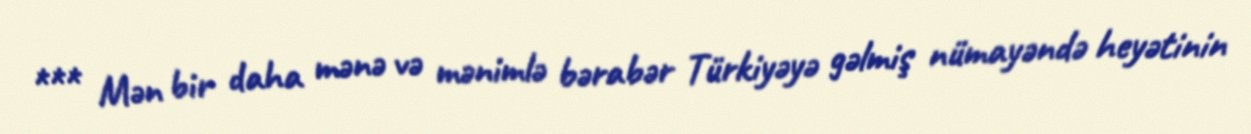
*** Mən bir daha mənə və mənimlə bərabər Türkiyəyə gəlmiş nümayəndə heyətinin